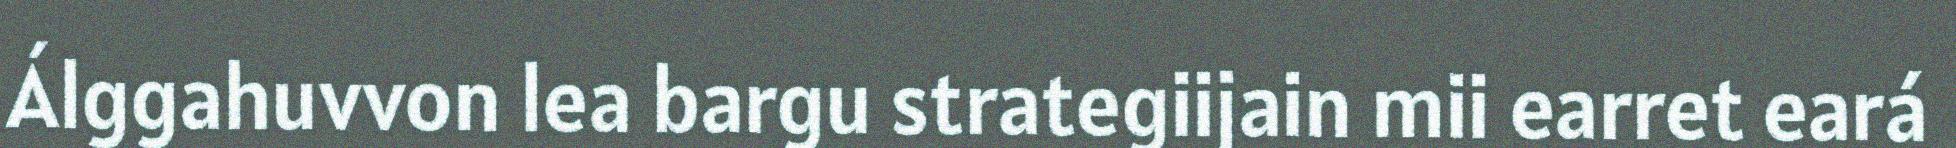
Álggahuvvon lea bargu strategiijain mii earret eará